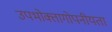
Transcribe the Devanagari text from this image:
उपभोक्तागोपनीयता